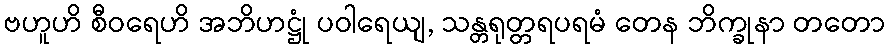
ဗဟူဟိ စီဝရေဟိ အဘိဟဋ္ဌုံ ပဝါရေယျ, သန္တရုတ္တရပရမံ တေန ဘိက္ခုနာ တတော